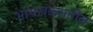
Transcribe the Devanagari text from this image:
भायखळ्यातील